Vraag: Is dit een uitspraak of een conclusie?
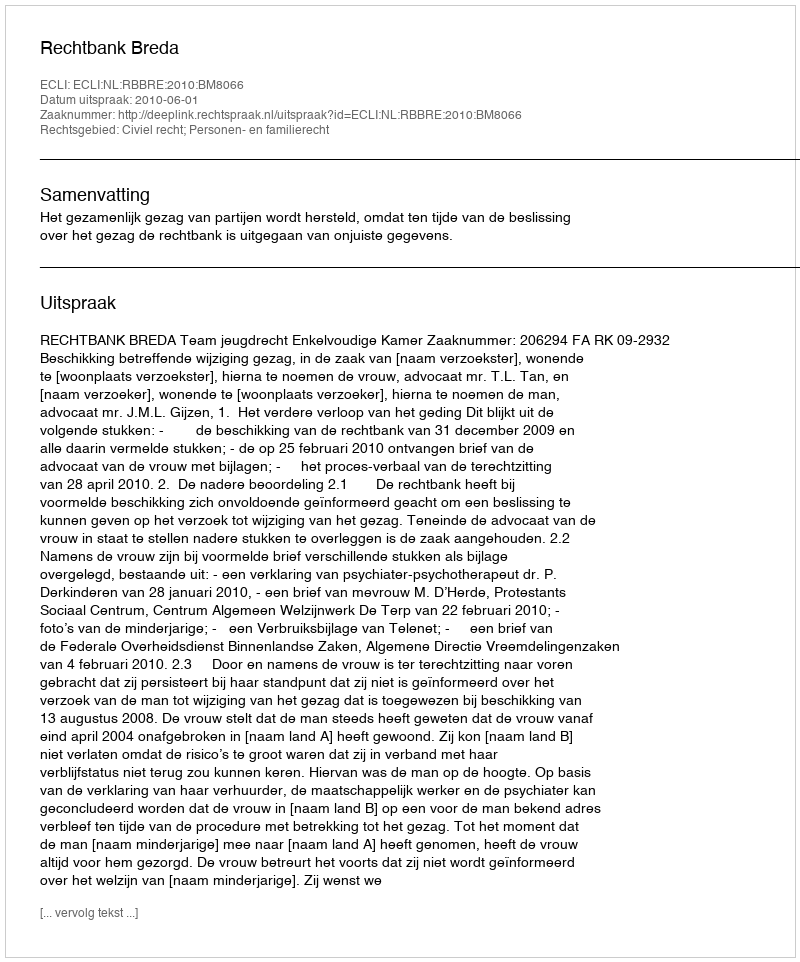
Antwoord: Uitspraak